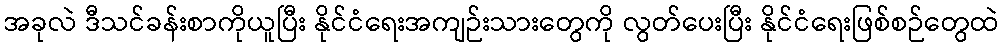
အခုလဲ ဒီသင်ခန်းစာကိုယူပြီး နိုင်ငံရေးအကျဉ်းသားတွေကို လွတ်ပေးပြီး နိုင်ငံရေးဖြစ်စဉ်တွေထဲ